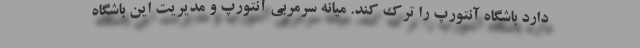
دارد باشگاه آنتورپ را ترک کند. میانه سرمربی آنتورپ و مدیریت این باشگاه